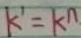
k ^ { \prime } = k ^ { n }